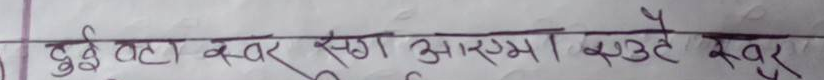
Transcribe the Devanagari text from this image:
दुई वटा खर खग आरणमा सउदै खर